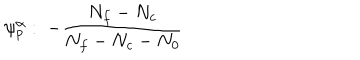
\psi _ { p } ^ { \alpha } : \; - \frac { N _ { f } - N _ { c } } { N _ { f } - N _ { c } - N _ { 0 } }